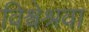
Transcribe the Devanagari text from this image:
विश्वेश्रवा